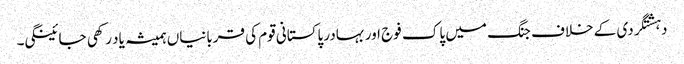
دہشتگردی کے خلاف جنگ میں پاک فوج اور بہادر پاکستانی قوم کی قربانیاں ہمیشہ یاد رکھی جائینگی۔